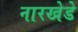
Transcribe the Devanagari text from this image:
नारखेडे